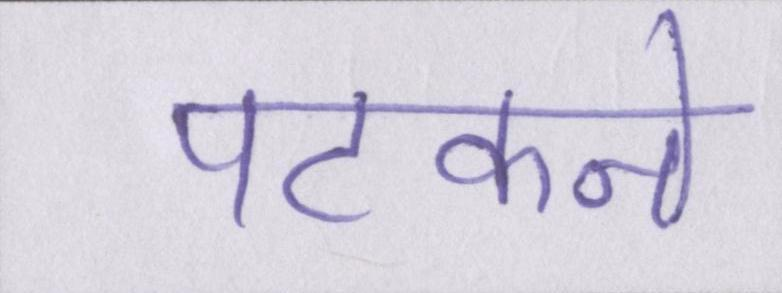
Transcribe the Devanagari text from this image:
पटकने